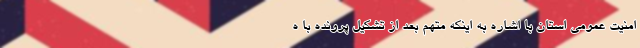
امنیت عمومی استان با اشاره به اینکه متهم بعد از تشکیل پرونده با ه